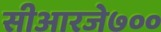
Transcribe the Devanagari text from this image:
सीआरजे७००